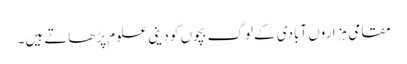
مقامی ہزاروں آبادی کے لوگ بچوں کو دینی علوم پڑھاتے ہیں۔